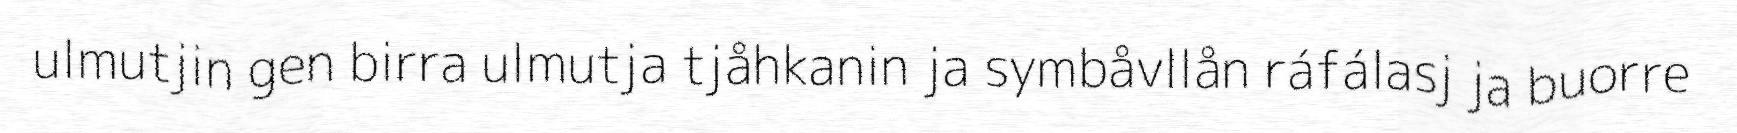
ulmutjin gen birra ulmutja tjåhkanin ja symbåvllån ráfálasj ja buorre